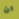
ان